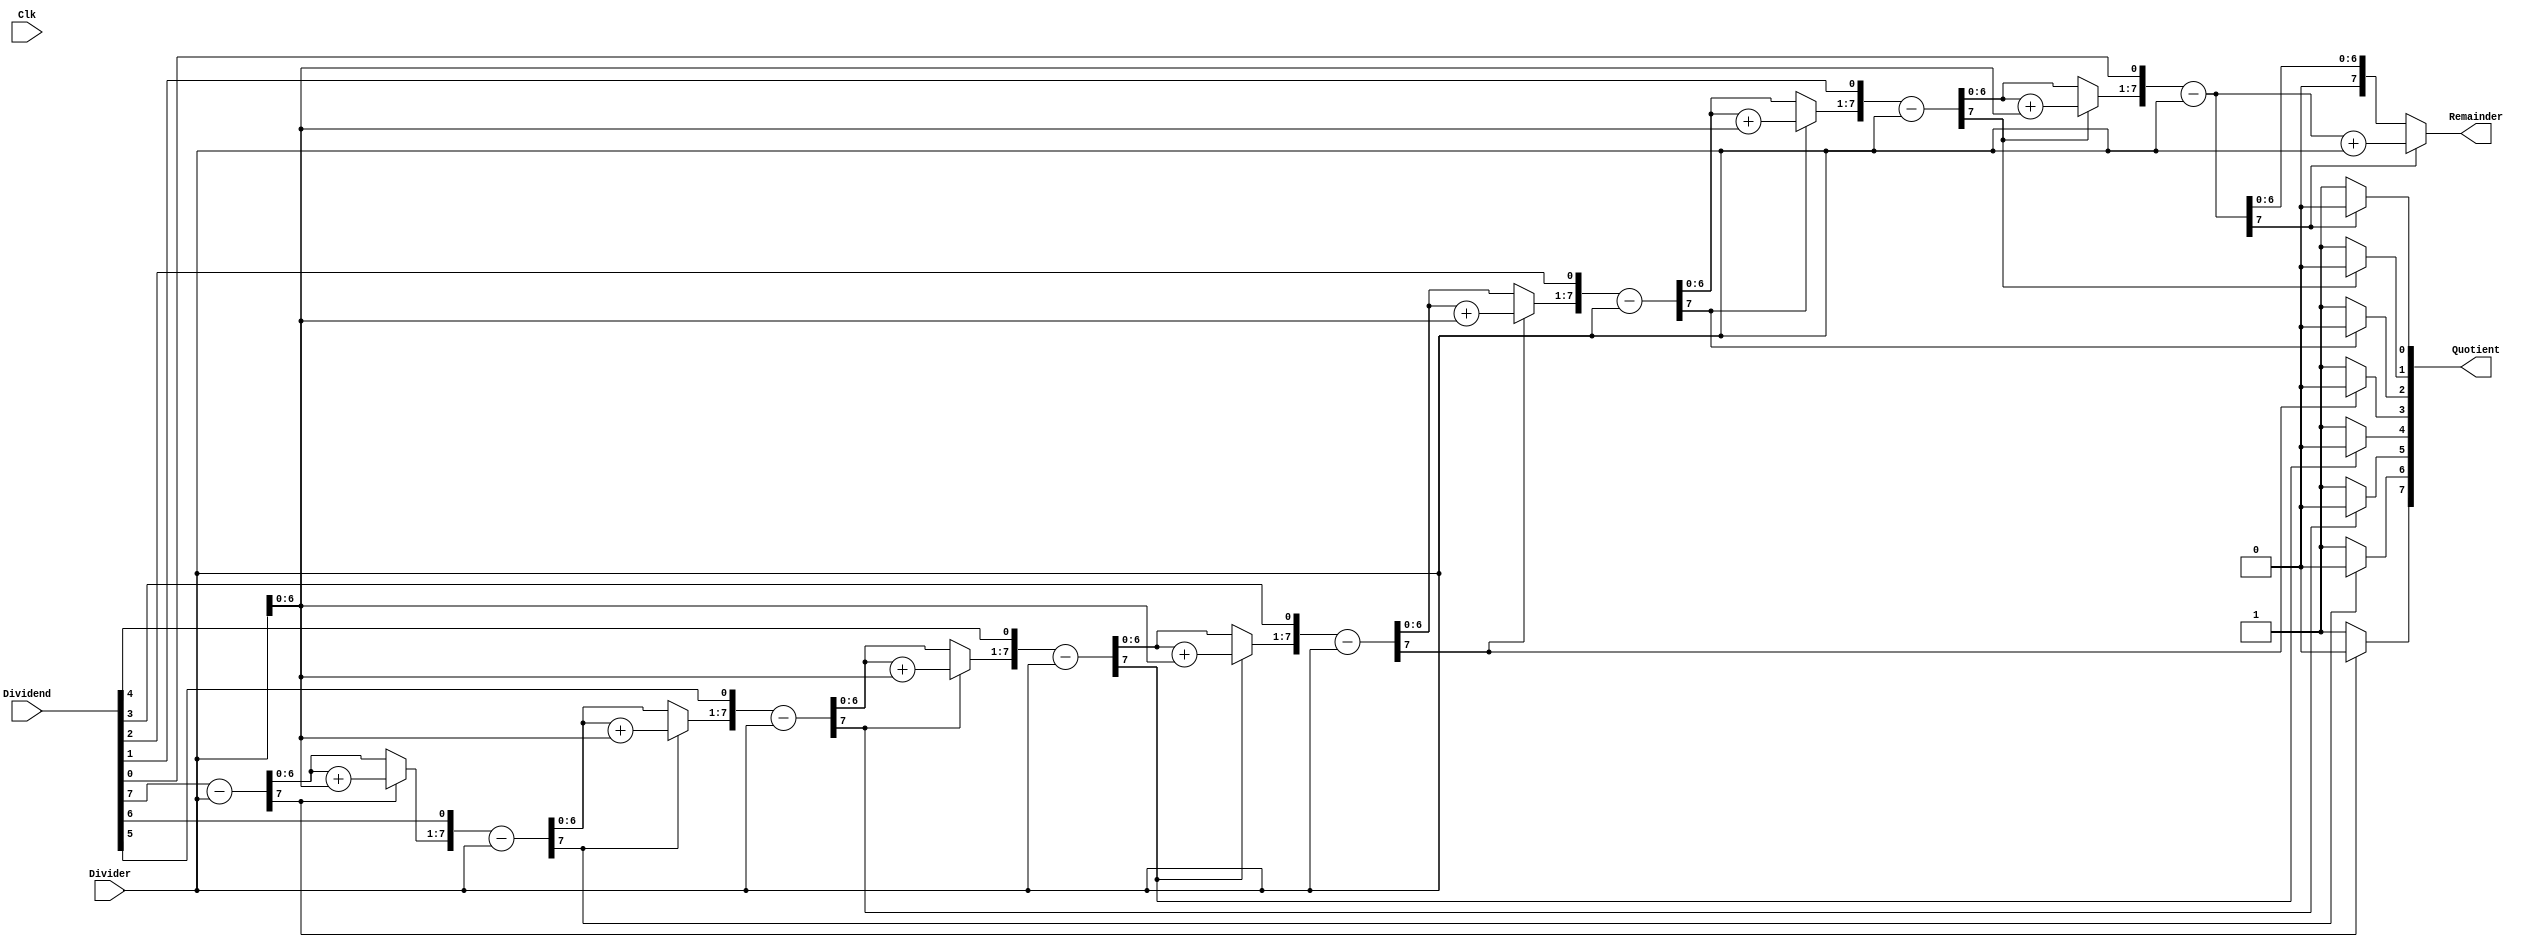
`timescale 1ns / 1ps
`ifndef LIB_STYCZYNSKI_UNSIGN_DIVIDER_COMB_V
`define LIB_STYCZYNSKI_UNSIGN_DIVIDER_COMB_V

/*
 * Piotr Styczyski @styczynski
 * Verilog Components Library
 *
 * Divider for signed integer division.
 * Integers are INPUT_BIT_WIDTH bits width.
 * 
 *
 * MIT License
 */
module UnsignDividerComb
#(
    parameter INPUT_BIT_WIDTH = 8
)
(
    input Clk,
    input [INPUT_BIT_WIDTH-1:0] Dividend,
    input [INPUT_BIT_WIDTH-1:0] Divider,
    output reg [INPUT_BIT_WIDTH-1:0] Quotient,
    output reg [INPUT_BIT_WIDTH-1:0] Remainder
);

    initial Quotient = 0;
    initial Remainder = 0;

    reg [INPUT_BIT_WIDTH-1:0] QuotientTemp;
    reg [INPUT_BIT_WIDTH-1:0] RemainderBuf;
    reg [INPUT_BIT_WIDTH:0] RemainderTemp;   
    integer i;

    always @(Dividend, Divider)
    begin
        QuotientTemp = Dividend;
        RemainderBuf = Divider;
        RemainderTemp = 0;
        for(i=0;i < INPUT_BIT_WIDTH;i=i+1)
            begin
                RemainderTemp = {RemainderTemp[INPUT_BIT_WIDTH-2:0], QuotientTemp[INPUT_BIT_WIDTH-1]};
                QuotientTemp[INPUT_BIT_WIDTH-1:1] = QuotientTemp[INPUT_BIT_WIDTH-2:0];
                RemainderTemp = RemainderTemp - RemainderBuf;
                if(RemainderTemp[INPUT_BIT_WIDTH-1] == 1)
                    begin
                        QuotientTemp[0] = 0;
                        RemainderTemp = RemainderTemp + RemainderBuf;
                    end
                else
                    QuotientTemp[0] = 1;
            end
            
        Quotient = QuotientTemp;
        Remainder = RemainderTemp[INPUT_BIT_WIDTH-1:0];
    end
        
endmodule

`endif